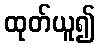
ထုတ်ယူ၍